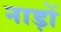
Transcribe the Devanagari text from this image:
नाड़ों